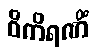
ဝိကိရဏိံ